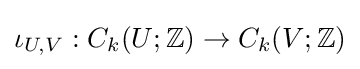
\iota _{U,V}:C_{k}(U;\mathbb {Z} )\to C_{k}(V;\mathbb {Z} )